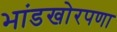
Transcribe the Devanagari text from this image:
भांडखोरपणा